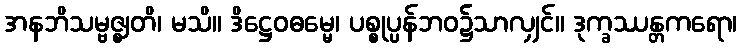
အနဘိသမ္ဗဇ္ဈတိ၊ မသိ။ ဒိဋ္ဌေဝဓမ္မေ၊ ပစ္စုပ္ပန်ဘဝ၌သာလျှင်။ ဒုက္ခဿန္တကရော၊